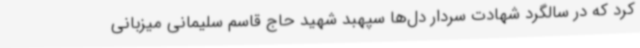
کرد که در سالگرد شهادت سردار دل‌ها سپهبد شهید حاج قاسم سلیمانی میزبانی